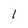
Character: 1